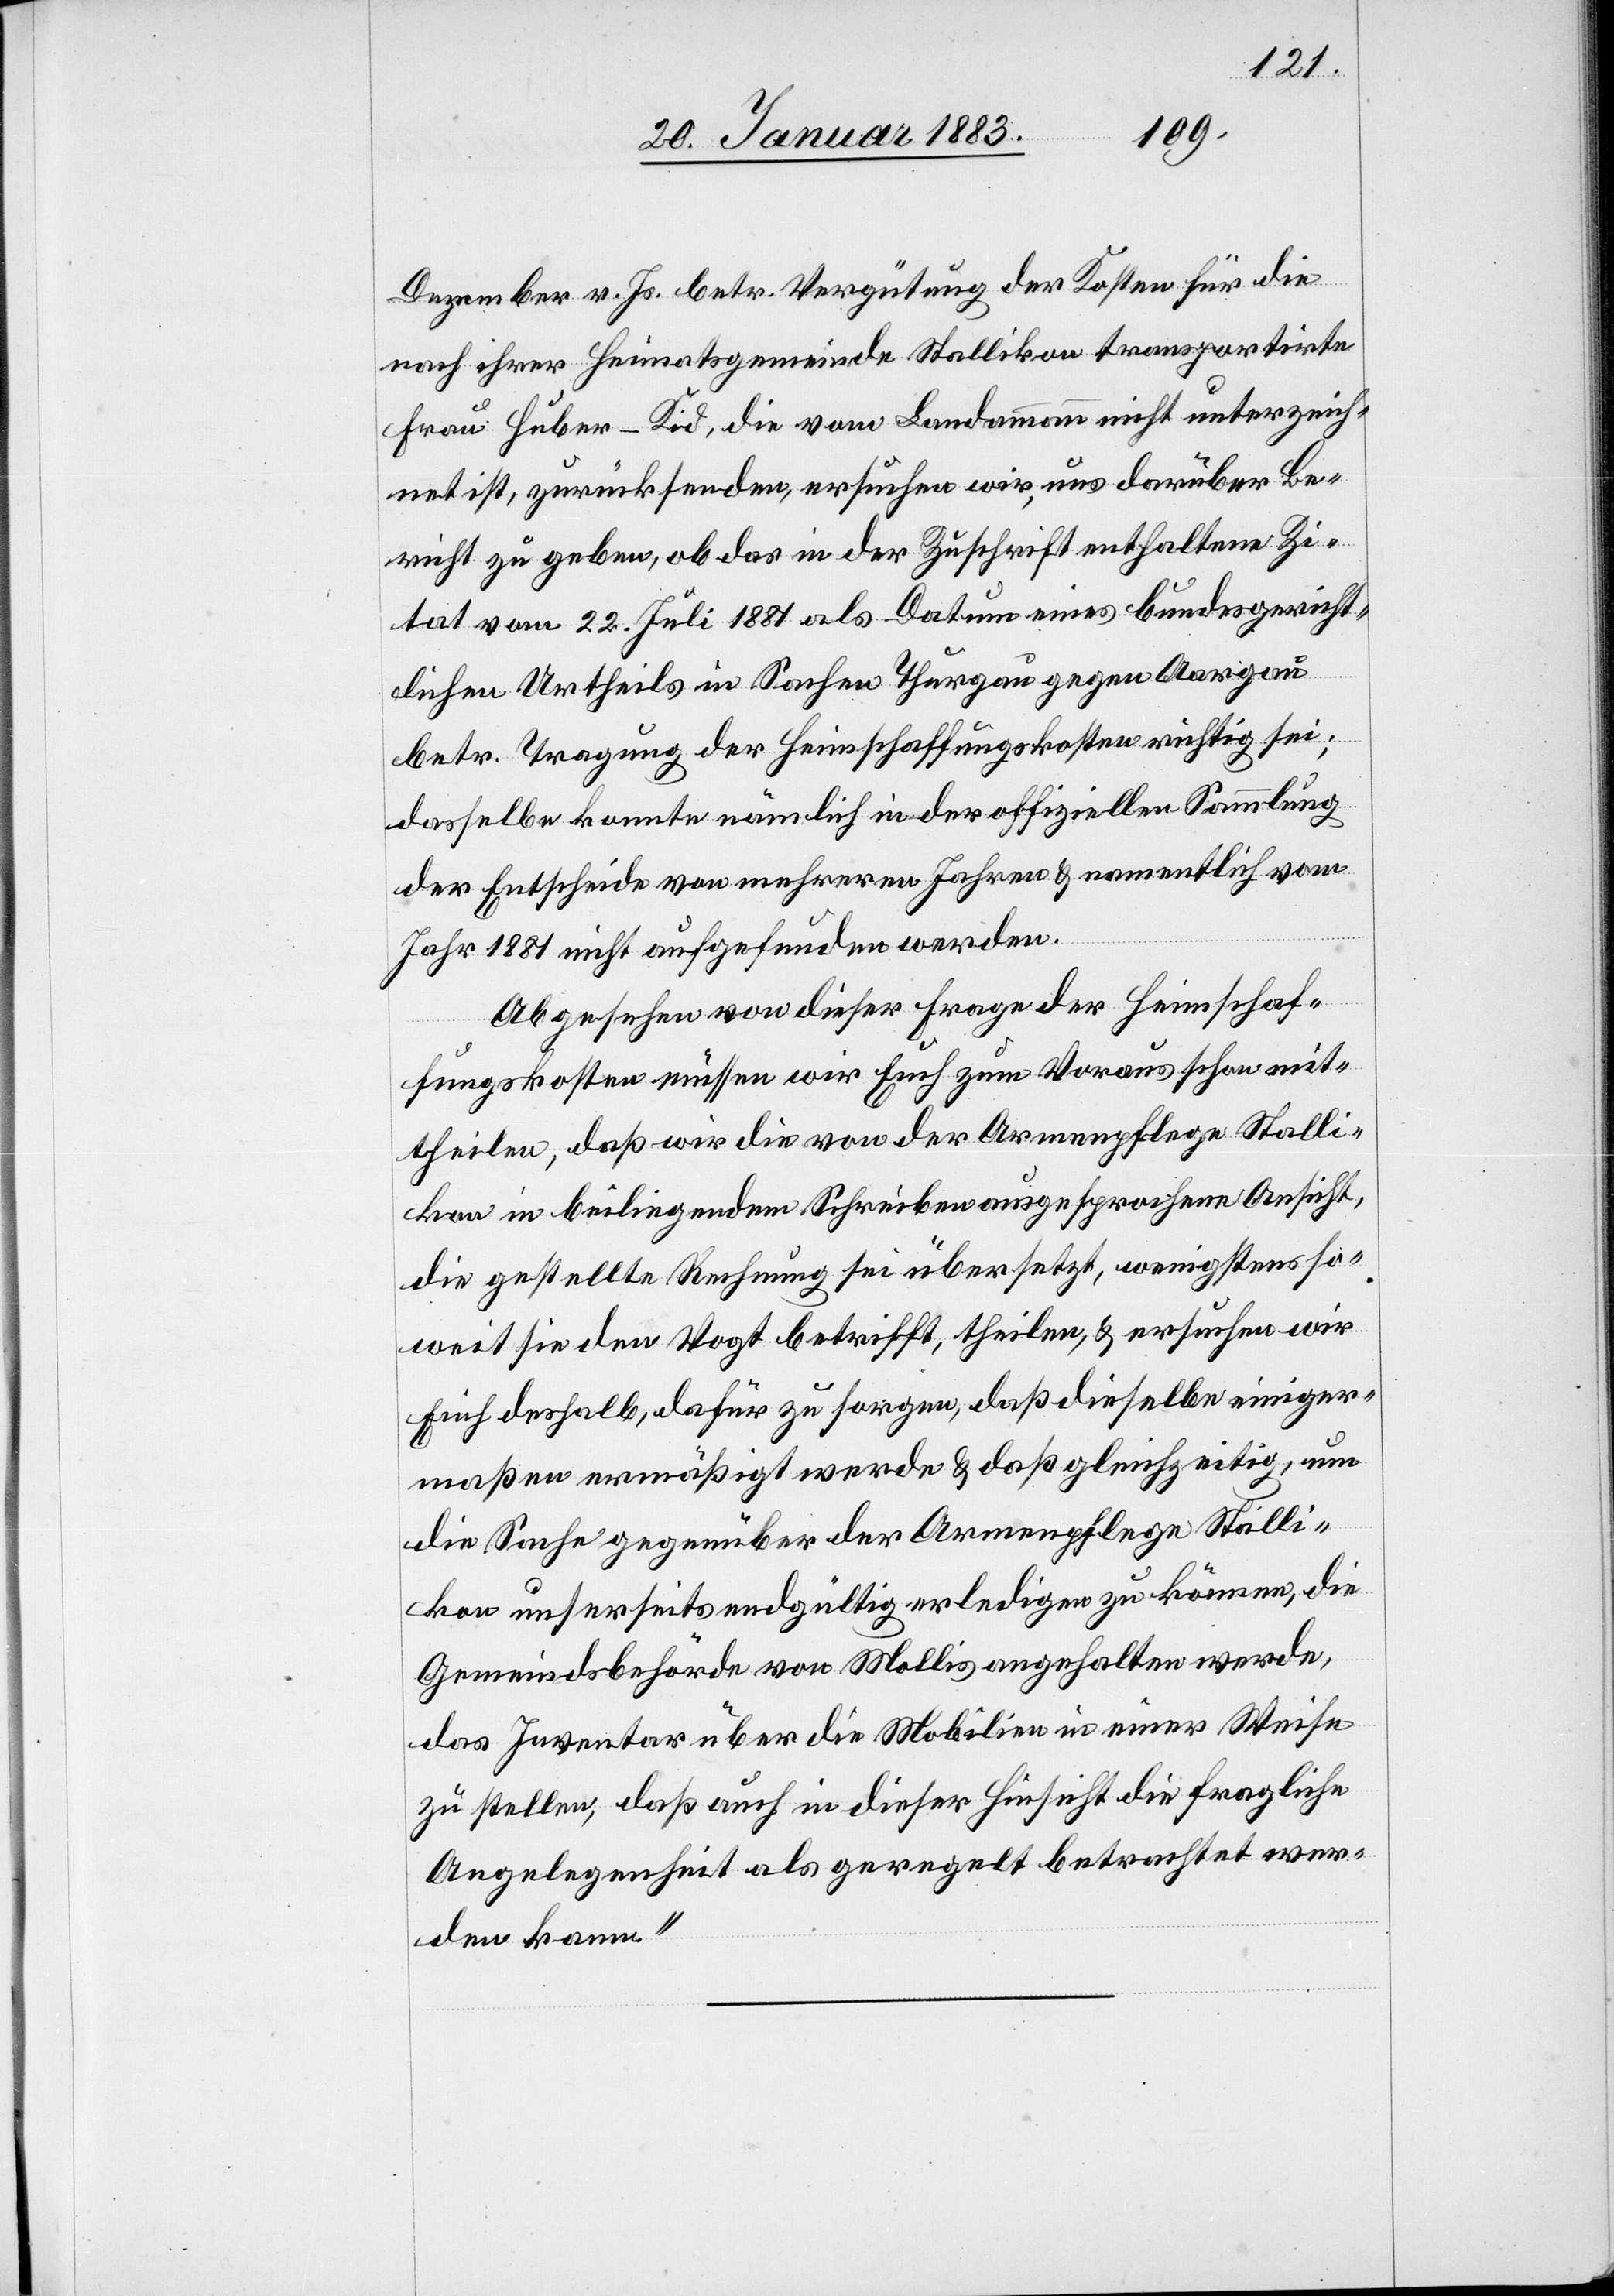
Dezember v. Js. betr. Vergütung der Kosten für die
nach ihrer Heimatsgemeinde Stallikon transportirte
Frau Huber-Kid, die vom Landammann nicht unterzeich¬
net ist, zurücksenden, ersuchen wir, uns darüber Be¬
richt zu geben, ob das in der Zuschrift enthaltene Zi¬
tat vom 22. Juli 1881 als Datum eines bundesgericht¬
lichen Urtheils in Sachen Thurgau gegen Aargau
betr. Tragung der Heimschaffungskosten richtig sei;
dasselbe konnte nämlich in der offiziellen Sammlung
der Entscheide von mehreren Jahren & namentlich vom
Jahr 1881 nicht aufgefunden werden.
Abgesehen von dieser Frage der Heimschaf¬
fungskosten müssen wir Euch zum Voraus schon mit¬
theilen, daß wir die von der Armenpflege Stalli¬
kon in beiliegendem Schreiben ausgesprochene Ansicht,
die gestellte Rechnung sei übersetzt, wenigstens so¬
weit sie den Vogt betrifft, theilen, & ersuchen wir
Euch deshalb, dafür zu sorgen, daß dieselbe einiger¬
maßen ermäßigt werde & daß gleichzeitig, um
die Sache gegenüber der Armenpflege Stalli¬
kon unserseits endgültig erledigen zu können, die
Gemeindsbehörde von Mollis angehalten werde,
das Inventar über die Mobilien in einer Weise
zu stellen, daß auch in dieser Hinsicht die fragliche
Angelegenheit als geregelt betrachtet wer¬
den kann.“